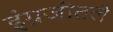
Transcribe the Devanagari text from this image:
इंग्रजीतले